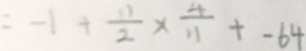
= - 1 + \frac { 1 1 } { 2 } \times \frac { 4 } { 1 1 } + - 6 4